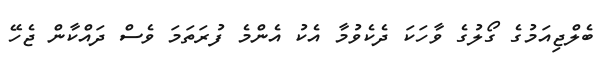
ބެލްޖިއަމުގެ ގޯލުގެ ވާހަކަ ދެކެވުމާ އެކު އެންމެ ފުރަތަމަ ވެސް ދައްކާން ޖެހޭ